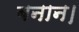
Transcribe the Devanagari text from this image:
बनान।